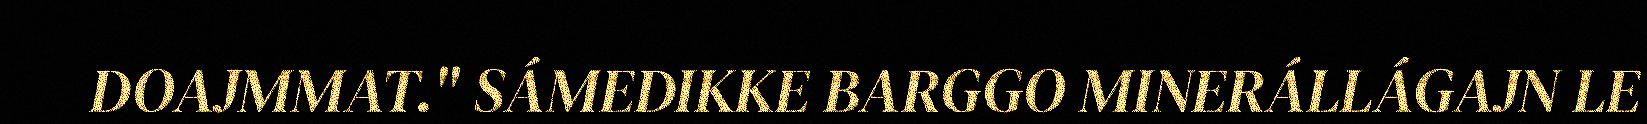
DOAJMMAT." SÁMEDIKKE BARGGO MINERÁLLÁGAJN LE